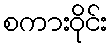
စကားဝိုင်း